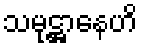
သမုဋ္ဌာနေဟိ